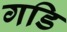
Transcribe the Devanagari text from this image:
गडि